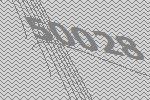
50028